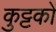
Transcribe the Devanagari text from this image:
कुट्टकों